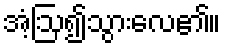
အံ့ဩ၍သွားလေ၏။